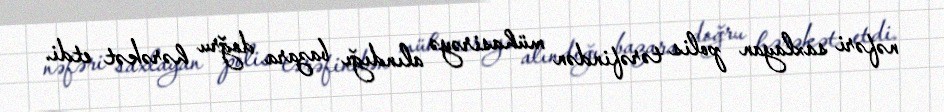
nəfəri saxlayan polis tərəfindən mühasirəyə alındığı bazara doğru hərəkət etdi.